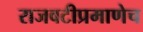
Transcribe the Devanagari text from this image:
राजवटीप्रमाणेच